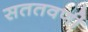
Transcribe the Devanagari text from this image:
सततवर्णी